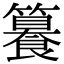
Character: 籑